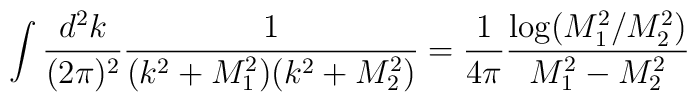
\int\frac{d^2k}{(2\pi)^2}\frac{1}{(k^2+M_1^2)(k^2+M_2^2)} =\frac{1}{4\pi}\frac{\log(M_1^2/M_2^2)}{M_1^2-M_2^2}